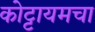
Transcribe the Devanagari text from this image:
कोट्टायमचा